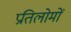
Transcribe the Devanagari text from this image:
प्रतिलोमों